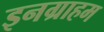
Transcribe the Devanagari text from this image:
इनग्राहम